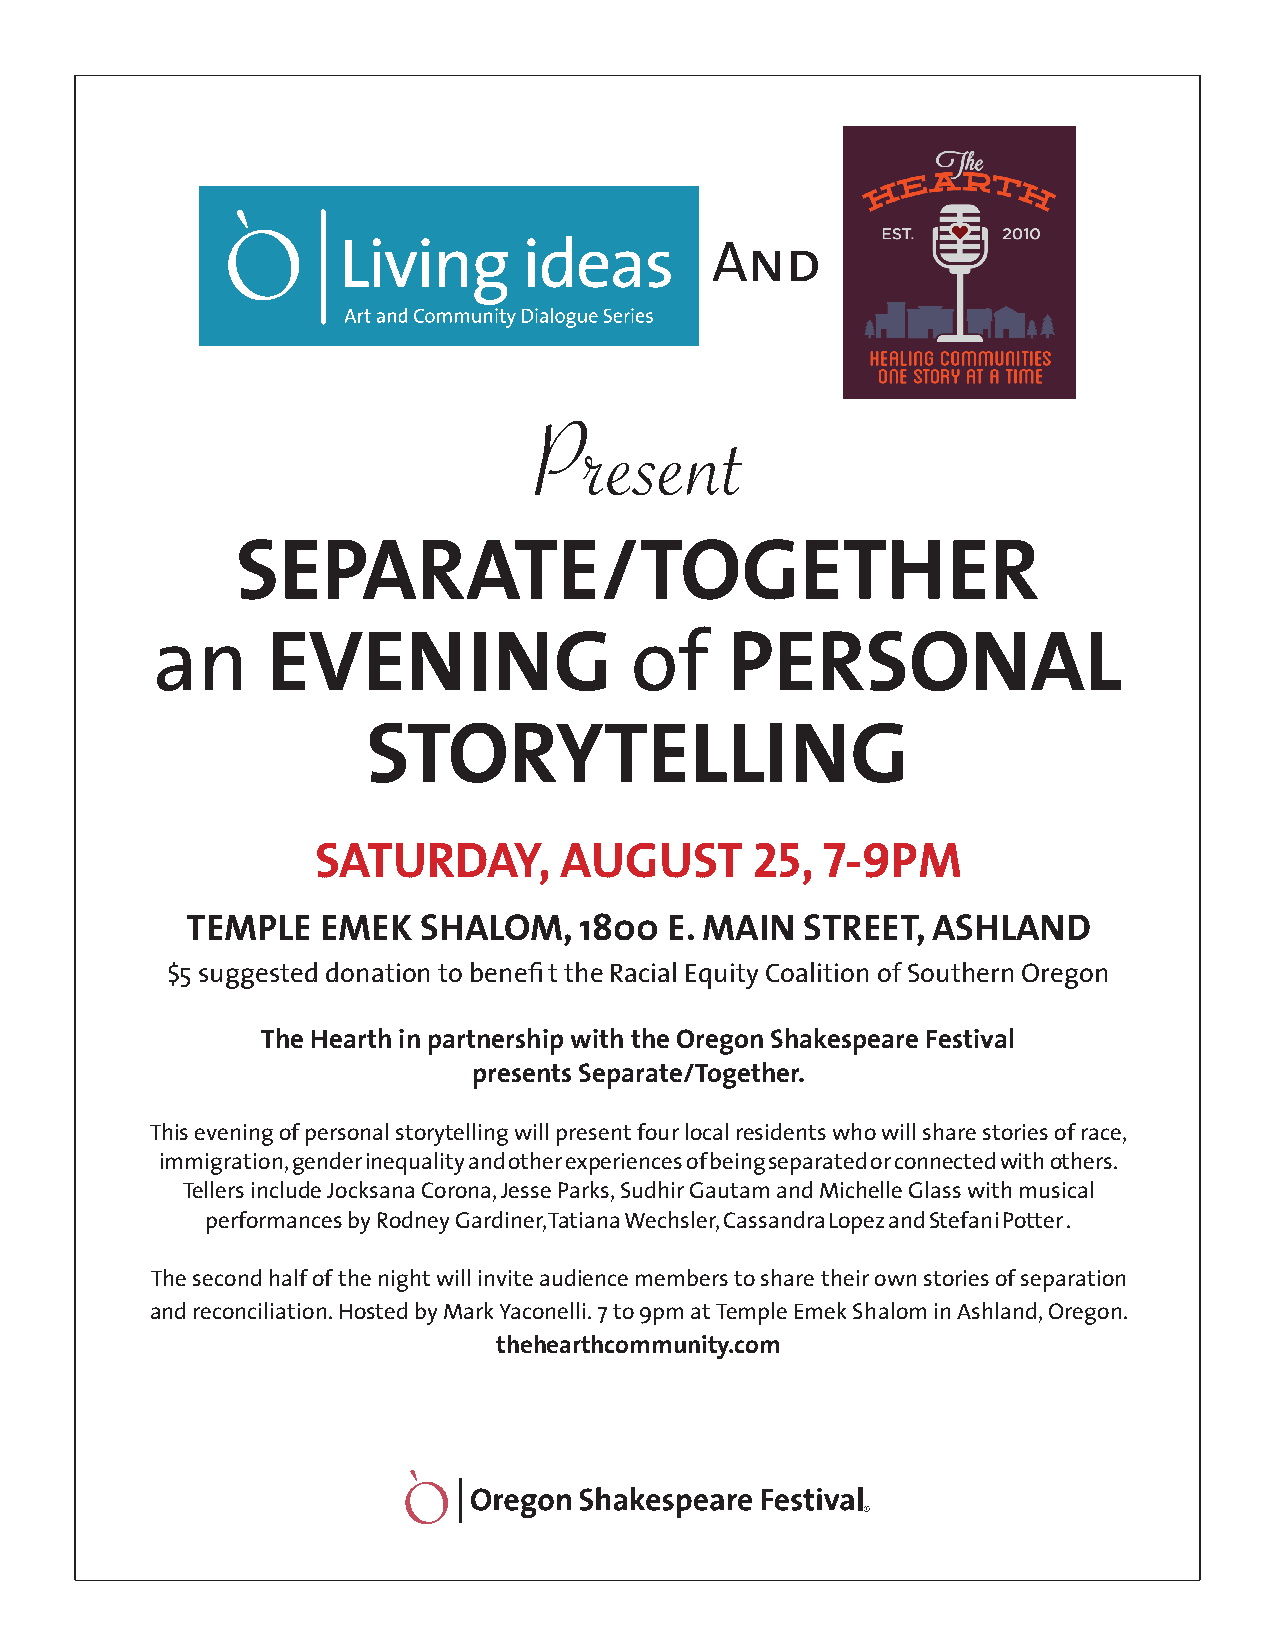
And
 Present
 SEPARATE/TOGETHER
 an      EVENING                 of    PERSONAL
 STORYTELLING
 SATURDAY,       AUGUST       25, 7-9PM
 TEMPLE   EMEK   SHALOM,   1800  E. MAIN  STREET,  ASHLAND
 $5 suggested donation to benefi t the Racial Equity Coalition of Southern Oregon
 The Hearth in partnership with the Oregon Shakespeare Festival
 presents Separate/Together.
 This evening of personal storytelling will present four local residents who will share stories of race,
 immigration, gender inequality and other experiences of being separated or connected with others.
 Tellers include Jocksana Corona, Jesse Parks, Sudhir Gautam and Michelle Glass with musical
 performances by Rodney Gardiner, Tatiana Wechsler, Cassandra Lopez and Stefani Potter .
 The second half of the night will invite audience members to share their own stories of separation
 and reconciliation. Hosted by Mark Yaconelli. 7 to 9pm at Temple Emek Shalom in Ashland, Oregon.
 thehearthcommunity.com